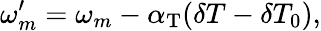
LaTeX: \omega_{m}^{\prime}=\omega_{m}-\alpha_{\mathrm{T}}(\delta T-\delta T_{0}),